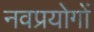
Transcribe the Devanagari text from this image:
नवप्रयोगों